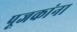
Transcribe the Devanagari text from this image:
पूजकांना